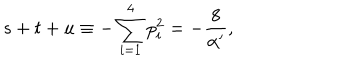
s + t + u \equiv - \sum _ { i = 1 } ^ { 4 } p _ { i } ^ { 2 } = - \frac { 8 } { \alpha ^ { \prime } } ,